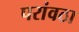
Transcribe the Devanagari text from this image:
परांवठा